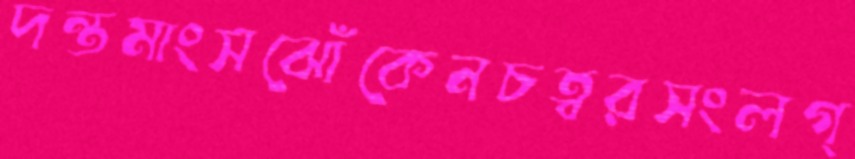
দন্তমাংসঝোঁকেনচত্বরসংলগ্